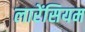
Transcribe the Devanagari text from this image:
लारेंसियम